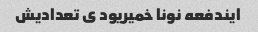
ایندفعه نونا خمیریود ی تعدادیش